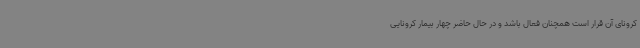
کرونای آن قرار است همچنان فعال باشد و در حال حاضر چهار بیمار کرونایی